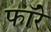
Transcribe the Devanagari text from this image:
फॉरे